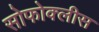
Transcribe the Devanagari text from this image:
सोफोक्लीस